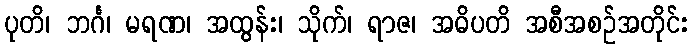
ပုတိ၊ ဘင်္ဂ၊ မရဏ၊ အထွန်း၊ သိုက်၊ ရာဇ၊ အဓိပတိ အစီအစဉ်အတိုင်း